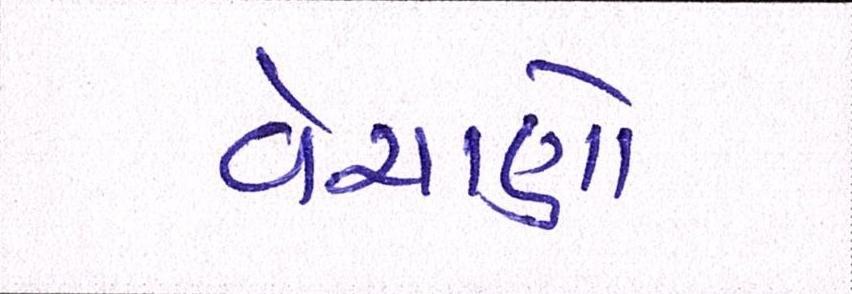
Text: વેચાણો